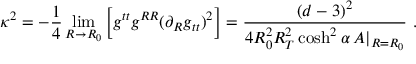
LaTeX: \kappa ^ { 2 } = - \frac { 1 } { 4 } \operatorname * { l i m } _ { R \rightarrow R _ { 0 } } \Big [ g ^ { t t } g ^ { R R } ( \partial _ { R } g _ { t t } ) ^ { 2 } \Big ] = \frac { ( d - 3 ) ^ { 2 } } { 4 R _ { 0 } ^ { 2 } R _ { T } ^ { 2 } \cosh ^ { 2 } \alpha \, A | _ { R = R _ { 0 } } } \ .